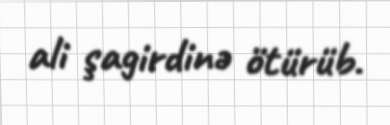
ali şagirdinə ötürüb.